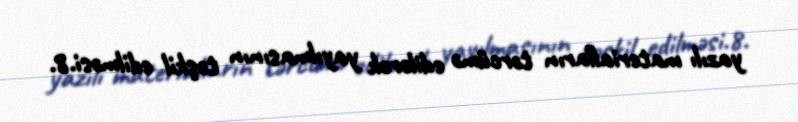
yazılı materialların tərcümə edilərək yayılmasının təşkil edilməsi.8.